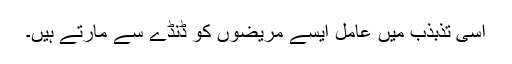
اسی تذبذب میں عامل ایسے مریضوں کو ڈنڈے سے مارتے ہیں۔